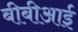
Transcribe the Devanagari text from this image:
बीबीआई